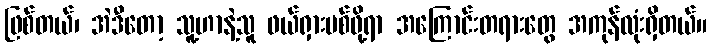
ဖြစ်တယ်၊ အဲဒီတော့ သူ့ဟာနဲ့သူ ဖယ်ရှားပစ်ဖို့ရာ အကြောင်းတရားတွေ အကုန်လုံးရှိတယ်။